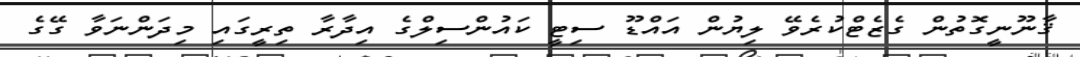
ޤާނޫނީގޮތުން ގެޒެޓްކުރެވޭ ލިޔުން އައްޑޫ ސިޓީ ކައުންސިލްގެ އިދާރާ ތިރީގައި މިދަންނަވާ ގޭގެ